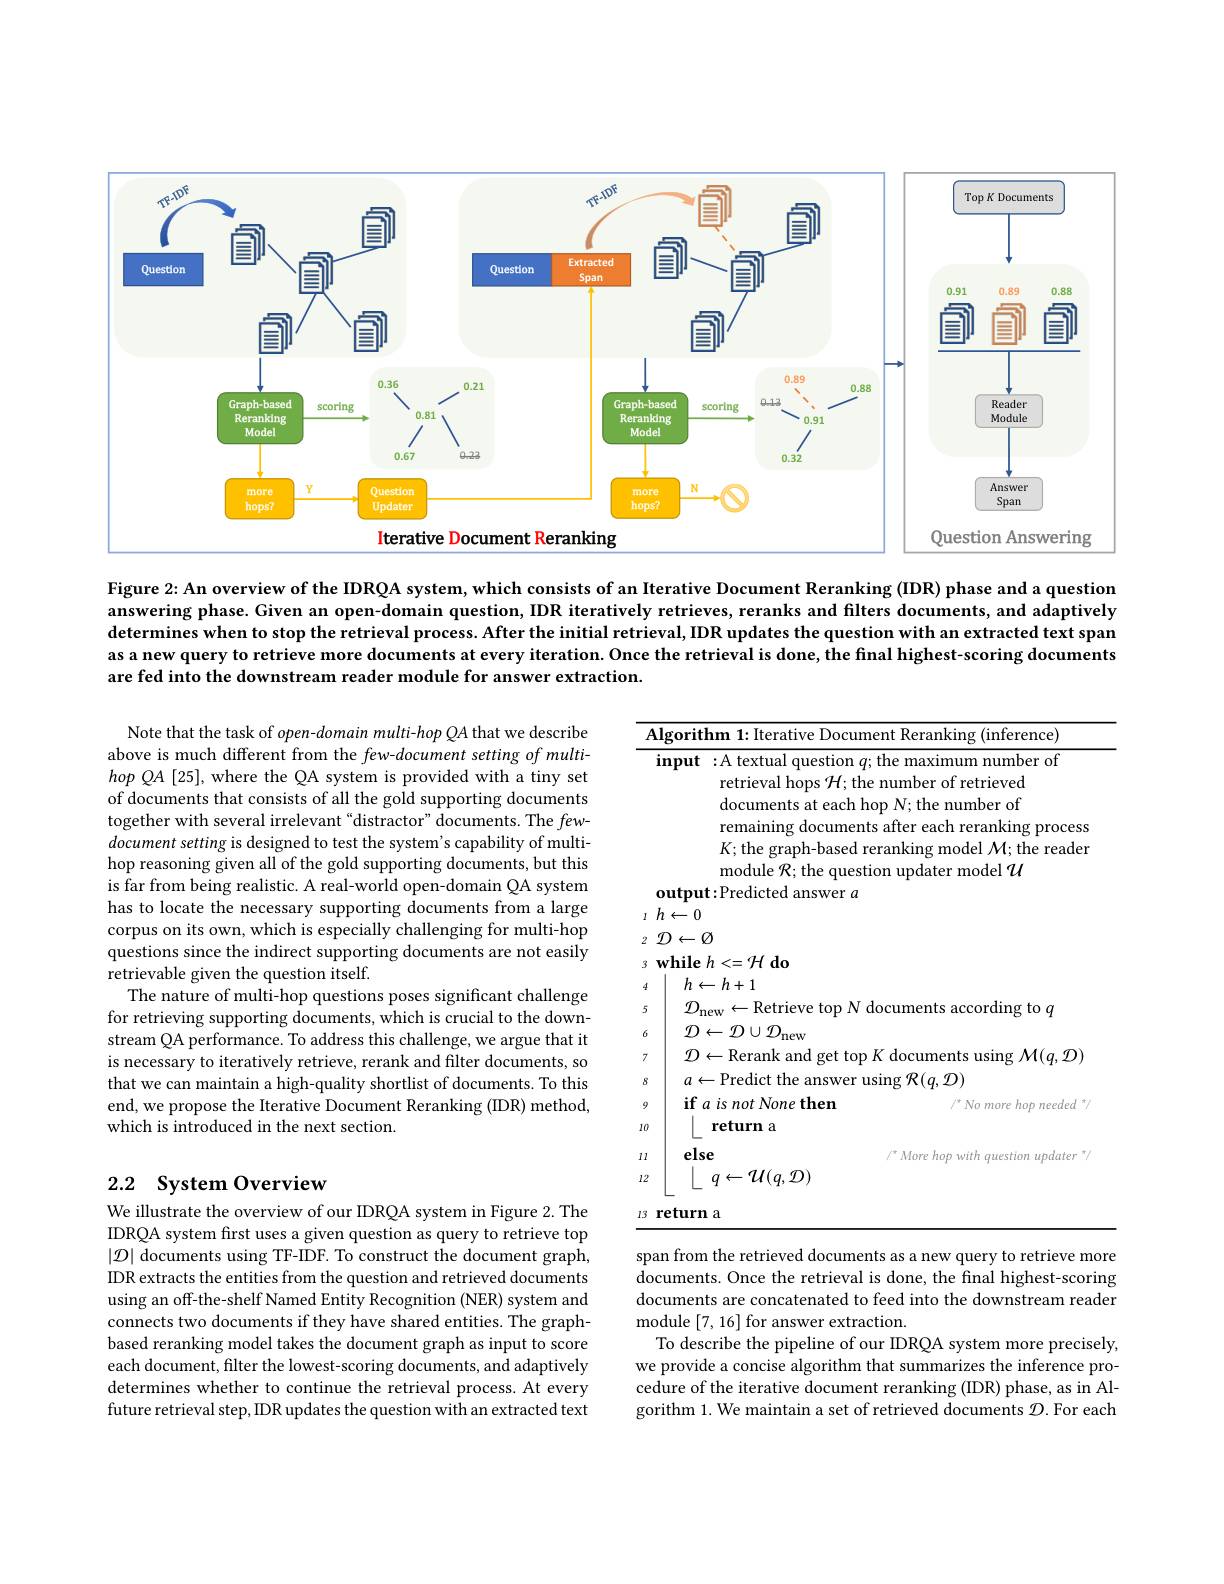
<FigureHere>

Figure 2: An overview of the IDRQA system, which consists of an Iterative Document Reranking (IDR) phase and a question answering phase. Given an open-domain question, IDR iteratively retrieves, reranks and filters documents, and adaptively determines when to stop the retrieval process. After the initial retrieval, IDR updates the question with an extracted text span as a new query to retrieve more documents at every iteration. Once the retrieval is done, the final highest-scoring documents are fed into the downstream reader module for answer extraction.

Note that the task of open-domain multi-hop QA that we describe above is much different from the few-document setting of multi- $hopQA[25]$, where the QA system is provided with a tiny set of documents that consists of all the gold supporting documents together with several irrelevant “distractor”documents. The fewdocument setting is designed to test the system's capability of multihop reasoning given all of the gold supporting documents, but this is far from being realistic. A real-world open-domain QA system has to locate the necessary supporting documents from a large corpus on its own, which is especially challenging for multi-hop questions since the indirect supporting documents are not easily retrievable given the question itself.
The nature of multi-hop questions poses significant challenge for retrieving supporting documents, which is crucial to the downstream QA performance. To address this challenge, we argue that it is necessary to iteratively retrieve, rerank and filter documents, so that we can maintain a high-quality shortlist of documents. To this end, we propose the Iterative Document Reranking (IDR) method, which is introduced in the next section.

<table>
	<tbody>
		<tr>
			<th>$A$ 1</th>
			<th>$\textbf{m 1: Iterative Document Reranking ( inference) }$</th>
		</tr>
		<tr>
			<th> </th>
			<th>:A textual question $q;$ the maximum number of retrieval hops $\mathcal{H};$ the number of retrieved documents at each hop N; the number of remaining documents after each reranking process $K;$the graph-based reranking model $\mathcal{M};$the reader module $\mathcal{R};$ the question updater model $\mathcal{U}$ 11</th>
		</tr>
		<tr>
			<td>1</td>
			<td> </td>
		</tr>
		<tr>
			<td>L $r$</td>
			<td> </td>
		</tr>
		<tr>
			<td>1 $A$</td>
			<td>L</td>
		</tr>
		<tr>
			<td>5</td>
			<td>$\dot{\mathbf{ri}}_{\Delta\boldsymbol{r}\Delta}$ $t_{\mathrm{orv}}$ $\Lambda T$ $a_{n}$ $\mathrm{ordin}_{\mathrm{p~to~}a}$</td>
		</tr>
		<tr>
			<td>6</td>
			<td>$\eta)\cup\eta$ $1ew$</td>
		</tr>
		<tr>
			<td>7</td>
			<td>- Rerank and get top $K$ documents using $\mathcal{M}(q,\mathcal{D})$</td>
		</tr>
		<tr>
			<td>8</td>
			<td>- Predict the answer using $\mathcal{R} ( q, \mathcal{D} )$</td>
		</tr>
		<tr>
			<td>9</td>
			<td>$is\textit{not None then}$ $/^{*}$ No more hop needed %</td>
		</tr>
		<tr>
			<td>$I0$</td>
			<td>return a</td>
		</tr>
		<tr>
			<td>111</td>
			<td>/ More hop with question updater "</td>
		</tr>
		<tr>
			<td>12</td>
			<td>$q\leftarrow\mathcal{U}(q,\mathcal{D})$</td>
		</tr>
		<tr>
			<td>13</td>
			<td>a</td>
		</tr>
	</tbody>
</table>
span from the retrieved documents as a new query to retrieve more

## 2.2 System Overview

We illustrate the overview of our IDRQA system in Figure 2. The IDRQA system first uses a given question as query to retrieve top $|\mathcal{D}|$ documents using TF-IDF. To construct the document graph, IDR extracts the entities from the question and retrieved documents using an off-the-shelf Named Entity Recognition (NER) system and connects two documents if they have shared entities. The graphbased reranking model takes the document graph as input to score each document, filter the lowest-scoring documents, and adaptively determines whether to continue the retrieval process. At every future retrieval step, IDR updates the question with an extracted text

documents. Once the retrieval is done, the final highest-scoring documents are concatenated to feed into the downstream reader module [7,16] for answer extraction.
To describe the pipeline of our IDRQA system more precisely, we provide a concise algorithm that summarizes the inference procedure of the iterative document reranking (IDR) phase, as in Algorithm 1. We maintain a set of retrieved documents $\mathcal{D}.$ For each